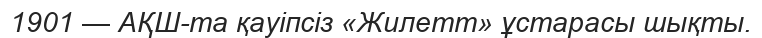
1901 — АҚШ-та қауіпсіз «Жилетт» ұстарасы шықты.